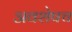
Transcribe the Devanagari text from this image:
अवशेषच